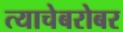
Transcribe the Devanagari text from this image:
त्याचेबरोबर